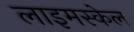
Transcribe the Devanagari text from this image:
लाइमस्केल